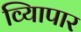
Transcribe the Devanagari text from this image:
व्यािपार